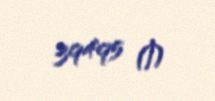
39495 ₼